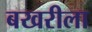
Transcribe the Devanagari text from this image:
बखरीला